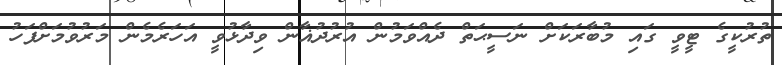
ތުރުކީގެ ޓީވީ ގައި މުބާރަކަށް ނަސީޙަތް ދެއްވަމުން އުރުދުޣާން ވިދާޅުވީ އަހަރެމެން މަރުވުމަށްފަހު